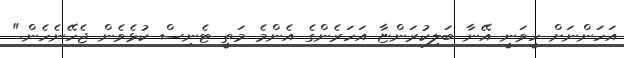
އަހަންނަށް ހީވަނީ އޭނާ ބަލިކުރަންޏާ އަހަރެންގެ އެންމެ މަތީ ޓެނިސް ކުޅެވެން ޖެހޭނެހެން."